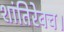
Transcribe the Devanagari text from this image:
शांतिरेवच।